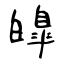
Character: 皥